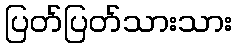
ပြတ်ပြတ်သားသား